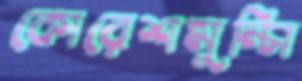
কোরেশমুন্সি